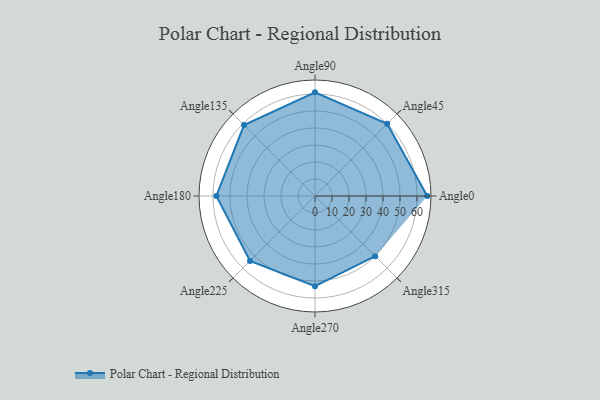
{"axis": {"x": "Angle", "y": "Radius"}, "legend": [""], "data": [{"x": "Angle0", "y": 66.0, "type": ""}, {"x": "Angle45", "y": 60.0, "type": ""}, {"x": "Angle90", "y": 61.0, "type": ""}, {"x": "Angle135", "y": 59.0, "type": ""}, {"x": "Angle180", "y": 58.0, "type": ""}, {"x": "Angle225", "y": 54.0, "type": ""}, {"x": "Angle270", "y": 53.0, "type": ""}, {"x": "Angle315", "y": 50, "type": ""}]}